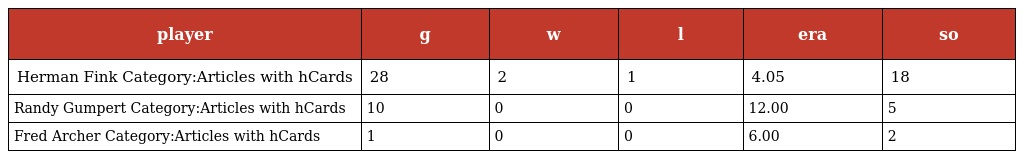
| player | g | w | l | era | so |
 | --- | --- | --- | --- | --- | --- |
 | Herman Fink Category:Articles with hCards | 28 | 2 | 1 | 4.05 | 18 |
 | Randy Gumpert Category:Articles with hCards | 10 | 0 | 0 | 12.00 | 5 |
 | Fred Archer Category:Articles with hCards | 1 | 0 | 0 | 6.00 | 2 |